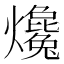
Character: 𤒰